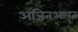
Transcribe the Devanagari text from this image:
अजिनआवृत